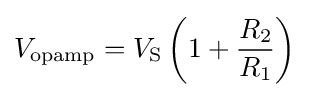
V_{\text{opamp}}=V_{\text{S}}\left(1+{\frac {R_{2}}{R_{1}}}\right)